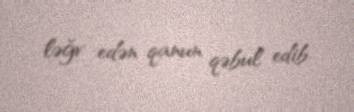
ləğv edən qanun qəbul edib.